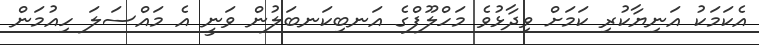
އެކަމަކު އަނިޔާކުރި ކަމަށް ވިދާޅުވެ މަހްލޫފްގެ އަނބިކަނބަލުން ވަނީ އެ މައްސަލަ ހިއުމަން